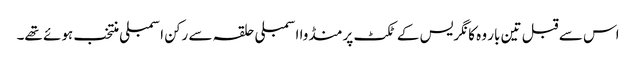
اس سے قبل تین بار وہ کانگریس کے ٹکٹ پر منڈوا اسمبلی حلقہ سے رکن اسمبلی منتخب ہوئے تھے۔